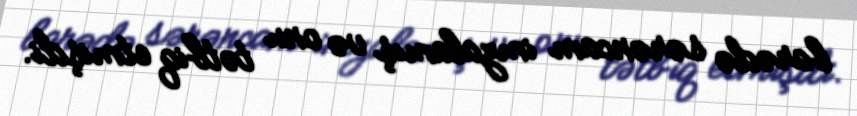
barədə sərəncam imzalamış və onu tətbiq etmişdi.